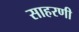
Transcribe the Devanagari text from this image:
साहरणी